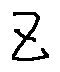
z